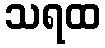
သရထ